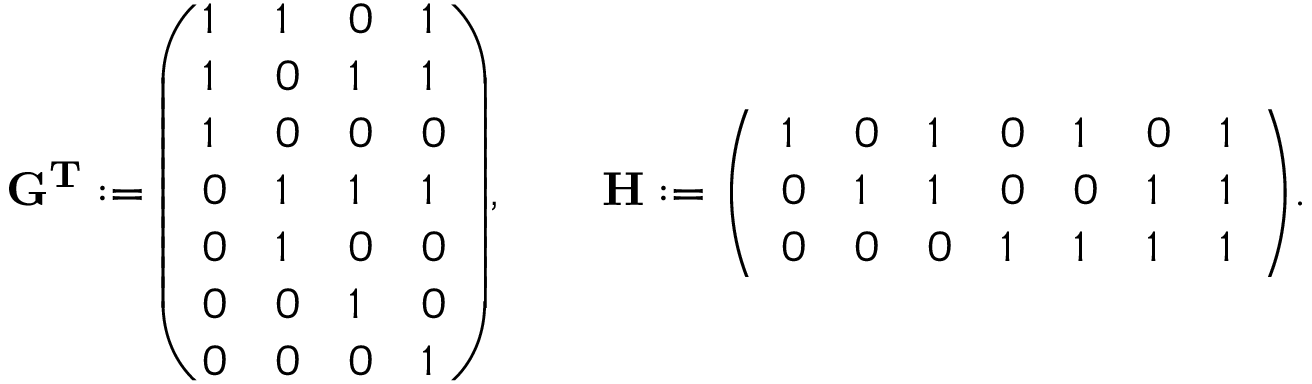
\mathbf { G ^ { T } } : = { \left( \begin{array} { l l l l } { 1 } & { 1 } & { 0 } & { 1 } \\ { 1 } & { 0 } & { 1 } & { 1 } \\ { 1 } & { 0 } & { 0 } & { 0 } \\ { 0 } & { 1 } & { 1 } & { 1 } \\ { 0 } & { 1 } & { 0 } & { 0 } \\ { 0 } & { 0 } & { 1 } & { 0 } \\ { 0 } & { 0 } & { 0 } & { 1 } \end{array} \right) } , \qquad \mathbf { H } : = { \left( \begin{array} { l l l l l l l } { 1 } & { 0 } & { 1 } & { 0 } & { 1 } & { 0 } & { 1 } \\ { 0 } & { 1 } & { 1 } & { 0 } & { 0 } & { 1 } & { 1 } \\ { 0 } & { 0 } & { 0 } & { 1 } & { 1 } & { 1 } & { 1 } \end{array} \right) } .